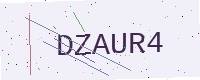
Text: DZAUR4